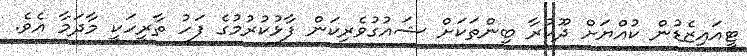
ޓީއައިޒެޑުން ކުއްޔަށް ދޫކުރާ ބިންތަކަށް ޝައުގުވެރިކަން ފާޅުކުރުމުގެ ފަހު ތާރީހަކީ މާދަމާ އެވެ.